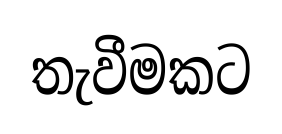
තැවීමකට